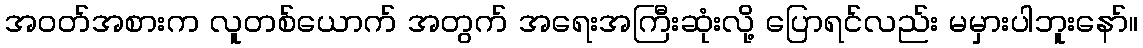
အဝတ်အစားက လူတစ်ယောက် အတွက် အရေးအကြီးဆုံးလို့ ပြောရင်လည်း မမှားပါဘူးနော်။